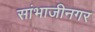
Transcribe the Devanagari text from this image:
सांभाजीनगर